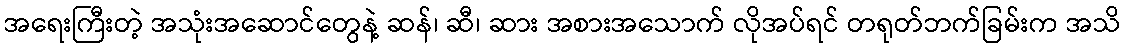
အရေးကြီးတဲ့ အသုံးအဆောင်တွေနဲ့ ဆန်၊ ဆီ၊ ဆား အစားအသောက် လိုအပ်ရင် တရုတ်ဘက်ခြမ်းက အသိ